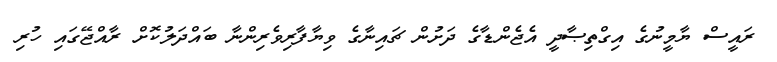
ރައީސް ޔާމީނުގެ އިގްތިޞާދީ އެޖެންޑާގެ ދަށުން ޗައިނާގެ ވިޔާފާރިވެރިންނާ ބައްދަލުކޮށް ރާއްޖޭގައި ހުރި